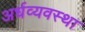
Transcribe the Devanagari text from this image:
अर्धव्यवस्था